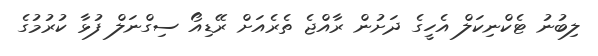
ލިބުނު ޓެކްނިކަލް އެހީގެ ދަށުން ރާއްޖެ ތެރެއަށް ރޭޑިއޯ ސިގްނަލް ފުޅާ ކުރުމުގެ